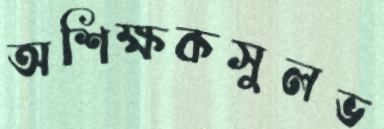
অশিক্ষকসুলভ